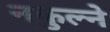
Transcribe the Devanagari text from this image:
नफुल्ने